Scottish Leaving Certificate Examination, 1960
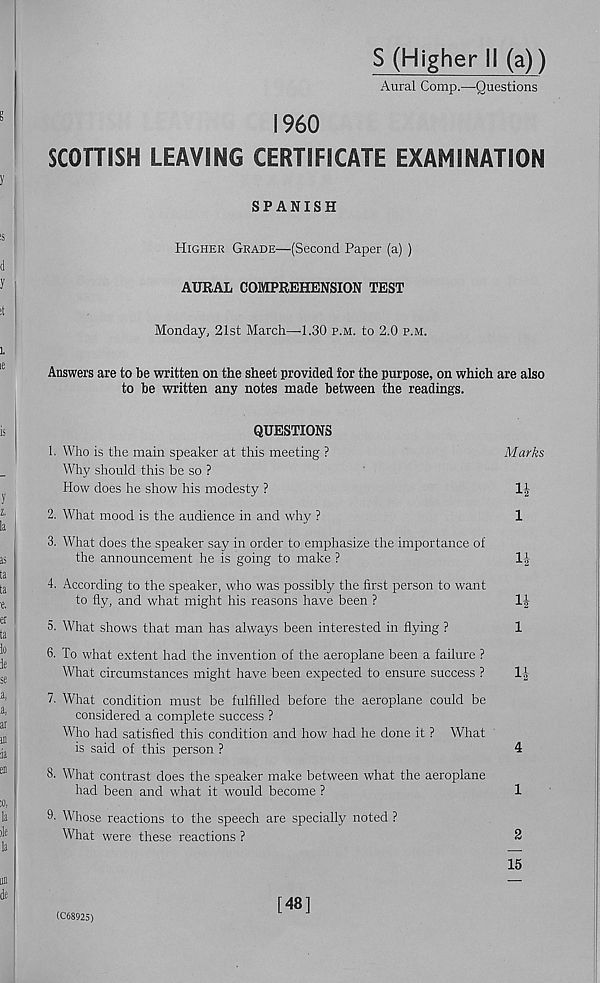
$ (Higher 11 (a))
Aural Comp.—Questions
I960
SCOTTISH LEAVING CERTIFICATE EXAMINATION
SPANISH
Higher Grade—(Second Paper (a) )
AURAL COMPREHENSION TEST
Monday, 21st March—1.30 p.m. to 2.0 p.m.
Answers are to be written on the sheet provided for the purpose, on which are also
to be written any notes made between the readings.
QUESTIONS
1. Who is the main speaker at this meeting ?
Marks
Why should this be so ?
How does he show his modesty ?
1|
2. What mood is the audience in and why ?
1
3. What does the speaker say in order to emphasize the importance of
the announcement he is going to make ?
li
4. According to the speaker, who was possibly the first person to want
to fly, and what might his reasons have been ?
5. What shows that man has always been interested in flying ?
1
6. To what extent had the invention of the aeroplane been a failure ?
What circumstances might have been expected to ensure success ?
11
7. What condition must be fulfilled before the aeroplane could be
considered a complete success ?
Who had satisfied this condition and how had he done it ? What
is said of this person ?
4
8. What contrast does the speaker make between what the aeroplane
had been and what it would become ?
1
9- Whose reactions to the speech are specially noted ?
What were these reactions ?
2
15
(C68925)
[48]